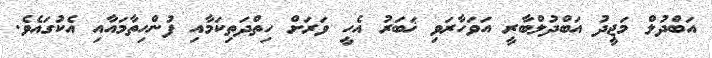
އަބްދުލް މަޖީދު އަބްދުލްބާރީ އަވަހާރަވި ޚަބަރު އެހީ ވަރަށް ހިތްދަތިކަމާއި ފުންހިތާމައާއި އެކުގައެވެ.